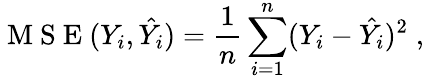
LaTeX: \mathrm{~M~S~E~}(Y_{i},\hat{Y_{i}})={\frac{1}{n}}\sum_{i=1}^{n}(Y_{i}-{\hat{Y_{i}}})^{2}\; ,